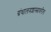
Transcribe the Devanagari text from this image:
ग्रंथालयशास्त्रावरील